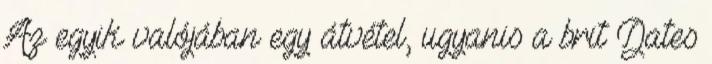
Az egyik valójában egy átvétel, ugyanis a brit Dates